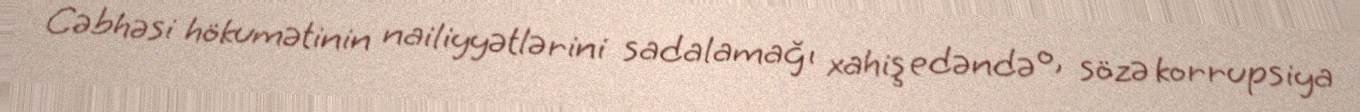
Cəbhəsi hökumətinin nailiyyətlərini sadalamağı xahiş edəndə o, sözə korrupsiya